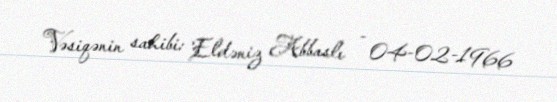
Vəsiqənin sahibi: Eldəniz Abbaslı - 04-02-1966